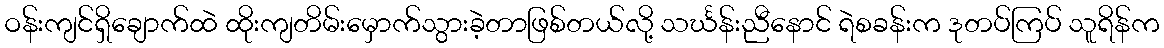
ဝန်းကျင်ရှိချောက်ထဲ ထိုးကျတိမ်းမှောက်သွားခဲ့တာဖြစ်တယ်လို့ သင်္ဃန်းညီနောင် ရဲစခန်းက ဒုတပ်ကြပ် သူရိန်က